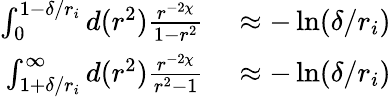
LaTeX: \begin{array}{rl}{\int_{0}^{1-\delta/r_{i}}d(r^{2})\frac{r^{-2\chi}}{1-r^{2}}}&{{}\approx-\ln(\delta/r_{i})}\\ {\int_{1+\delta/r_{i}}^{\infty}d(r^{2})\frac{r^{-2\chi}}{r^{2}-1}}&{{}\approx-\ln(\delta/r_{i})}\end{array}